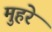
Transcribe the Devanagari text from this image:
मुहरे